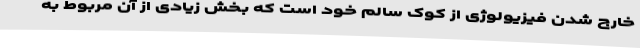
خارج شدن فیزیولوژی از کوک سالم خود است که بخش زیادی از آن مربوط به